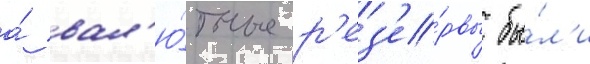
а́ вал'ю́тные р'ез'е́рвы бы́л'и